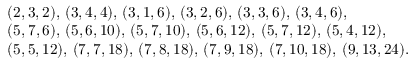
\begin{array} { r l } & { ( 2 , 3 , 2 ) , \, ( 3 , 4 , 4 ) , \, ( 3 , 1 , 6 ) , \, ( 3 , 2 , 6 ) , \, ( 3 , 3 , 6 ) , \, ( 3 , 4 , 6 ) , } \\ & { ( 5 , 7 , 6 ) , \, ( 5 , 6 , 1 0 ) , \, ( 5 , 7 , 1 0 ) , \, ( 5 , 6 , 1 2 ) , \, ( 5 , 7 , 1 2 ) , \, ( 5 , 4 , 1 2 ) , } \\ & { ( 5 , 5 , 1 2 ) , \, ( 7 , 7 , 1 8 ) , \, ( 7 , 8 , 1 8 ) , \, ( 7 , 9 , 1 8 ) , \, ( 7 , 1 0 , 1 8 ) , \, ( 9 , 1 3 , 2 4 ) . } \end{array}